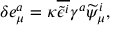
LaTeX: \delta e _ { \mu } ^ { a } = \kappa \overline { { { \widetilde { \epsilon } ^ { i } } } } \gamma ^ { a } \widetilde \psi _ { \mu } ^ { i } ,